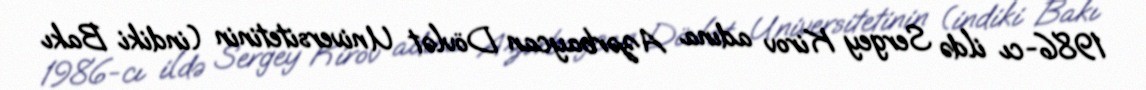
1986-cı ildə Sergey Kirov adına Azərbaycan Dövlət Universitetinin (indiki Bakı